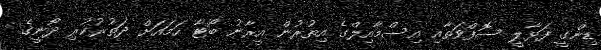
ޑިންގީ ފަޅާލީ ސޮފްވަތާއި އިސްމާއިލްގެ އިތުރުން އީރާނު ބޯޓާ ހަމައަށް ދަތުރުކުރި ދޯނީގެ